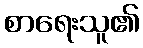
စာရေးသူ၏